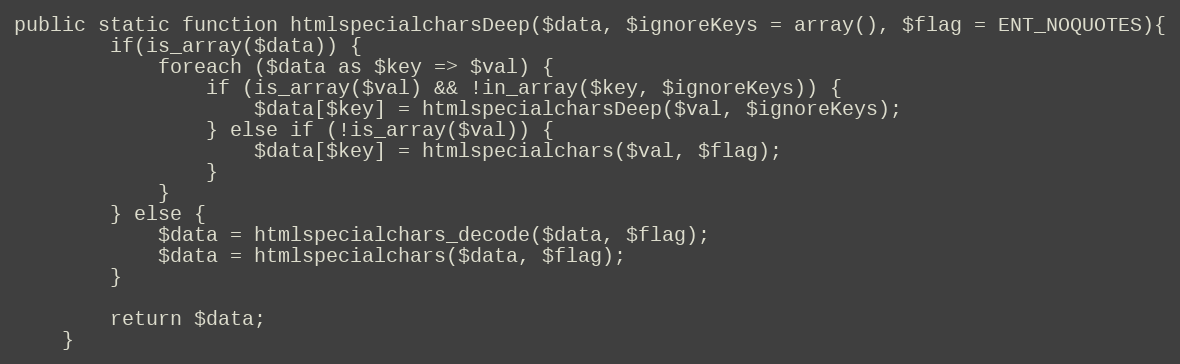
Language: PHP
public static function htmlspecialcharsDeep($data, $ignoreKeys = array(), $flag = ENT_NOQUOTES){
		if(is_array($data)) {
			foreach ($data as $key => $val) {
				if (is_array($val) && !in_array($key, $ignoreKeys)) {
					$data[$key] = htmlspecialcharsDeep($val, $ignoreKeys);
				} else if (!is_array($val)) {
					$data[$key]	= htmlspecialchars($val, $flag);
				}
			}
		} else {
			$data = htmlspecialchars_decode($data, $flag);
			$data = htmlspecialchars($data, $flag);
		}

		return $data;
	}